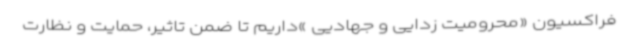
فراکسیون «محرومیت زدایی و جهادیی »داریم تا ضمن تاثیر، حمایت و نظارت